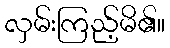
လှမ်းကြည့်မိ၏။